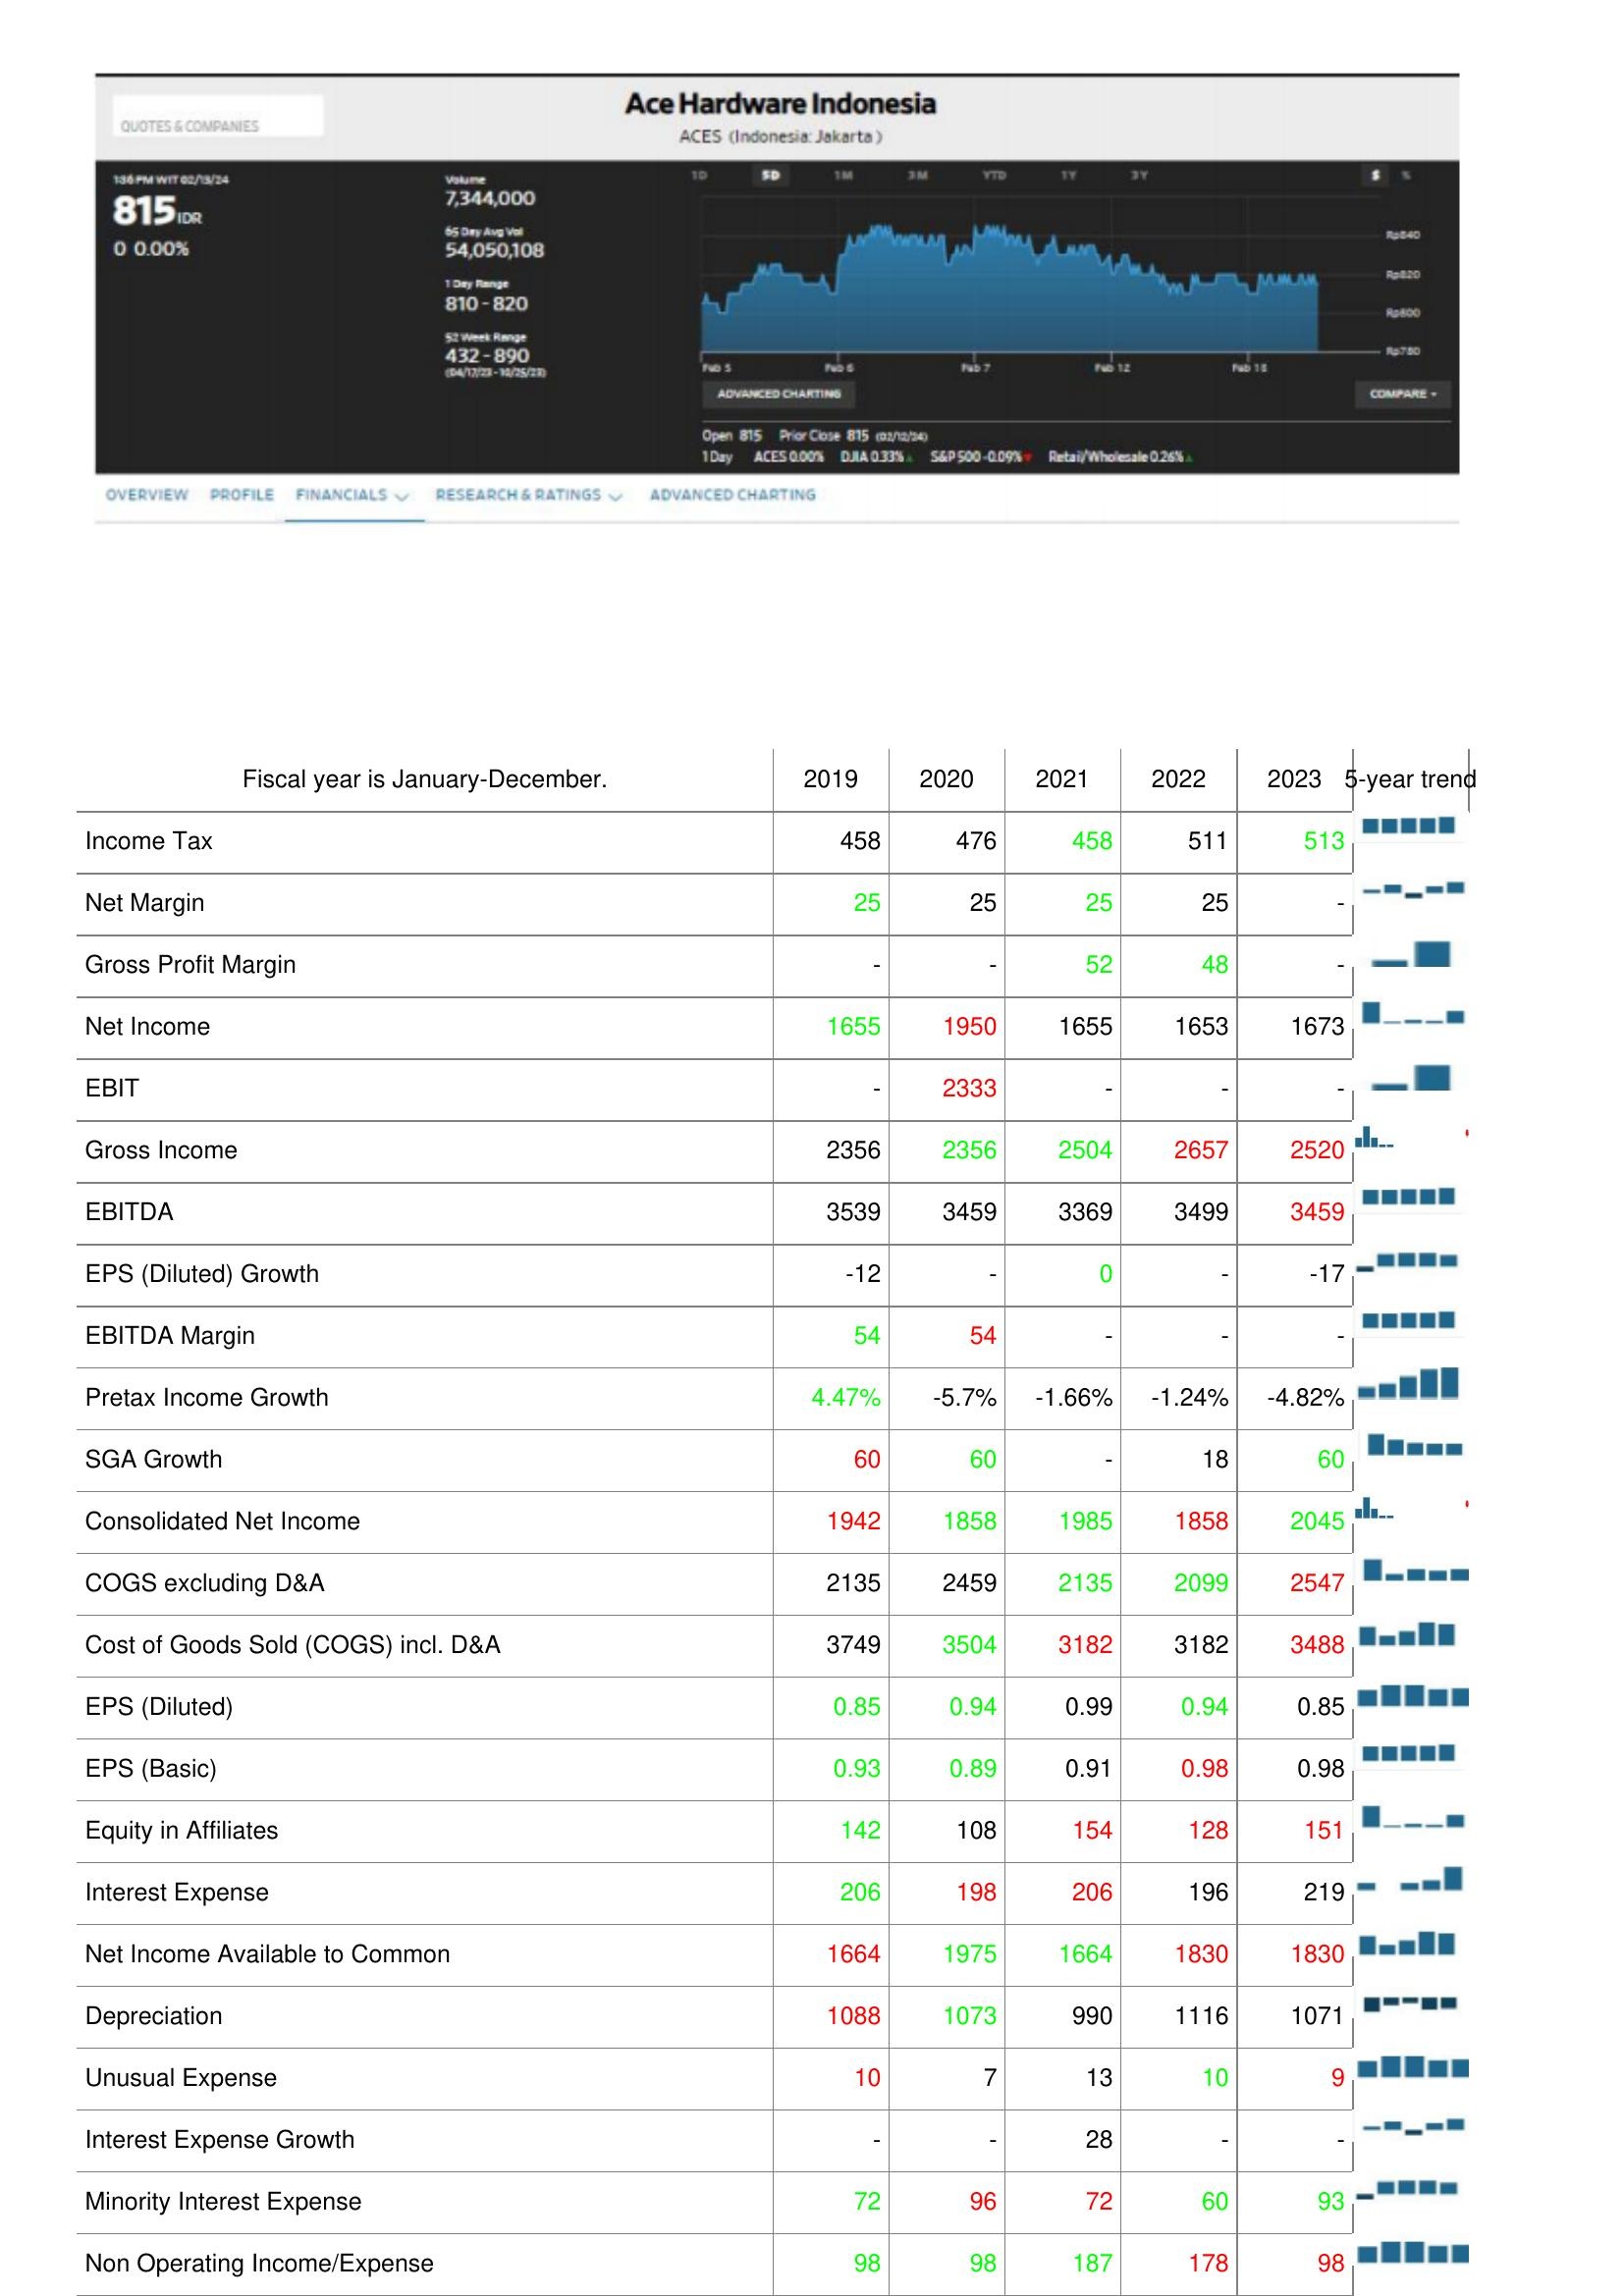
2019: : Income Tax: 458
Net Margin: 25
Gross Profit Margin: -
Net Income: 1655
EBIT: -
Gross Income: 2356
EBITDA: 3539
EPS (Diluted) Growth: -12
EBITDA Margin: 54
Pretax Income Growth: 4.47%
SGA Growth: 60
Consolidated Net Income: 1942
COGS excluding D&A: 2135
Cost of Goods Sold (COGS) incl. D&A: 3749
EPS (Diluted): 0.85
EPS (Basic): 0.93
Equity in Affiliates: 142
Interest Expense: 206
Net Income Available to Common: 1664
Depreciation: 1088
Unusual Expense: 10
Interest Expense Growth: -
Minority Interest Expense: 72
Non Operating Income/Expense: 98
2020: : Income Tax: 476
Net Margin: 25
Gross Profit Margin: -
Net Income: 1950
EBIT: 2333
Gross Income: 2356
EBITDA: 3459
EPS (Diluted) Growth: -
EBITDA Margin: 54
Pretax Income Growth: -5.7%
SGA Growth: 60
Consolidated Net Income: 1858
COGS excluding D&A: 2459
Cost of Goods Sold (COGS) incl. D&A: 3504
EPS (Diluted): 0.94
EPS (Basic): 0.89
Equity in Affiliates: 108
Interest Expense: 198
Net Income Available to Common: 1975
Depreciation: 1073
Unusual Expense: 7
Interest Expense Growth: -
Minority Interest Expense: 96
Non Operating Income/Expense: 98
2021: : Income Tax: 458
Net Margin: 25
Gross Profit Margin: 52
Net Income: 1655
EBIT: -
Gross Income: 2504
EBITDA: 3369
EPS (Diluted) Growth: 0
EBITDA Margin: -
Pretax Income Growth: -1.66%
SGA Growth: -
Consolidated Net Income: 1985
COGS excluding D&A: 2135
Cost of Goods Sold (COGS) incl. D&A: 3182
EPS (Diluted): 0.99
EPS (Basic): 0.91
Equity in Affiliates: 154
Interest Expense: 206
Net Income Available to Common: 1664
Depreciation: 990
Unusual Expense: 13
Interest Expense Growth: 28
Minority Interest Expense: 72
Non Operating Income/Expense: 187
2022: : Income Tax: 511
Net Margin: 25
Gross Profit Margin: 48
Net Income: 1653
EBIT: -
Gross Income: 2657
EBITDA: 3499
EPS (Diluted) Growth: -
EBITDA Margin: -
Pretax Income Growth: -1.24%
SGA Growth: 18
Consolidated Net Income: 1858
COGS excluding D&A: 2099
Cost of Goods Sold (COGS) incl. D&A: 3182
EPS (Diluted): 0.94
EPS (Basic): 0.98
Equity in Affiliates: 128
Interest Expense: 196
Net Income Available to Common: 1830
Depreciation: 1116
Unusual Expense: 10
Interest Expense Growth: -
Minority Interest Expense: 60
Non Operating Income/Expense: 178
2023: : Income Tax: 513
Net Margin: -
Gross Profit Margin: -
Net Income: 1673
EBIT: -
Gross Income: 2520
EBITDA: 3459
EPS (Diluted) Growth: -17
EBITDA Margin: -
Pretax Income Growth: -4.82%
SGA Growth: 60
Consolidated Net Income: 2045
COGS excluding D&A: 2547
Cost of Goods Sold (COGS) incl. D&A: 3488
EPS (Diluted): 0.85
EPS (Basic): 0.98
Equity in Affiliates: 151
Interest Expense: 219
Net Income Available to Common: 1830
Depreciation: 1071
Unusual Expense: 9
Interest Expense Growth: -
Minority Interest Expense: 93
Non Operating Income/Expense: 98